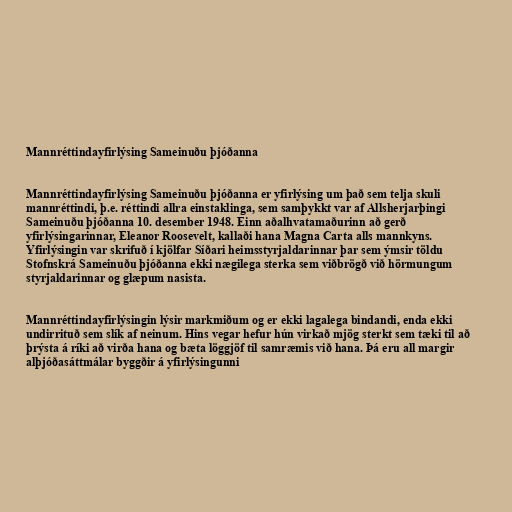
Mannréttindayfirlýsing Sameinuðu þjóðanna

Mannréttindayfirlýsing Sameinuðu þjóðanna er yfirlýsing um það sem telja skuli
mannréttindi, þ.e. réttindi allra einstaklinga, sem samþykkt var af Allsherjarþingi
Sameinuðu þjóðanna 10. desember 1948. Einn aðalhvatamaðurinn að gerð
yfirlýsingarinnar, Eleanor Roosevelt, kallaði hana Magna Carta alls mannkyns.
Yfirlýsingin var skrifuð í kjölfar Síðari heimsstyrjaldarinnar þar sem ýmsir töldu
Stofnskrá Sameinuðu þjóðanna ekki nægilega sterka sem viðbrögð við hörmungum
styrjaldarinnar og glæpum nasista.

Mannréttindayfirlýsingin lýsir markmiðum og er ekki lagalega bindandi, enda ekki
undirrituð sem slík af neinum. Hins vegar hefur hún virkað mjög sterkt sem tæki til að
þrýsta á ríki að virða hana og bæta löggjöf til samræmis við hana. Þá eru all margir
alþjóðasáttmálar byggðir á yfirlýsingunni